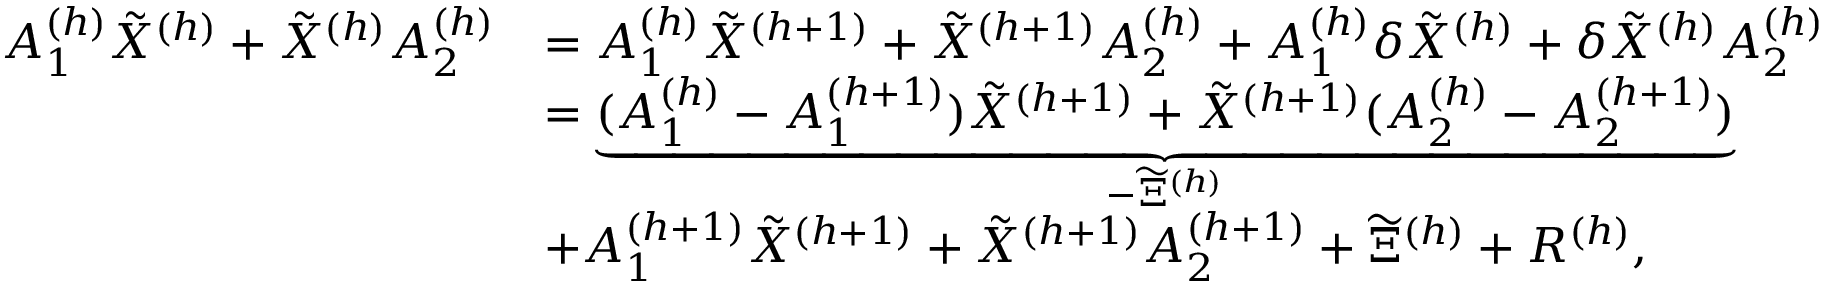
\begin{array} { r l } { A _ { 1 } ^ { ( h ) } \tilde { X } ^ { ( h ) } + \tilde { X } ^ { ( h ) } A _ { 2 } ^ { ( h ) } } & { = A _ { 1 } ^ { ( h ) } \tilde { X } ^ { ( h + 1 ) } + \tilde { X } ^ { ( h + 1 ) } A _ { 2 } ^ { ( h ) } + A _ { 1 } ^ { ( h ) } \delta \tilde { X } ^ { ( h ) } + \delta \tilde { X } ^ { ( h ) } A _ { 2 } ^ { ( h ) } } \\ & { = \underbrace { ( A _ { 1 } ^ { ( h ) } - A _ { 1 } ^ { ( h + 1 ) } ) \tilde { X } ^ { ( h + 1 ) } + \tilde { X } ^ { ( h + 1 ) } ( A _ { 2 } ^ { ( h ) } - A _ { 2 } ^ { ( h + 1 ) } ) } _ { - \widetilde { \Xi } ^ { ( h ) } } } \\ & { + A _ { 1 } ^ { ( h + 1 ) } \tilde { X } ^ { ( h + 1 ) } + \tilde { X } ^ { ( h + 1 ) } A _ { 2 } ^ { ( h + 1 ) } + \widetilde { \Xi } ^ { ( h ) } + R ^ { ( h ) } , } \end{array}